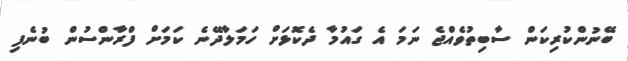
ބޭނުންކުރިކަން ސާބިތުވެއްޖެ ނަމަ އެ ގައުމާ ދެކޮޅަށް ހަމަލާދޭނެ ކަމަށް ފްރާންސުން ބުނެފި